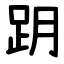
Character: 跀